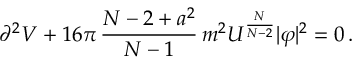
\partial ^ { 2 } V + 1 6 \pi \, \frac { N - 2 + a ^ { 2 } } { N - 1 } \, m ^ { 2 } U ^ { \frac { N } { N - 2 } } | \varphi | ^ { 2 } = 0 \, .